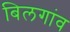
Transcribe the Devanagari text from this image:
बिलगांव